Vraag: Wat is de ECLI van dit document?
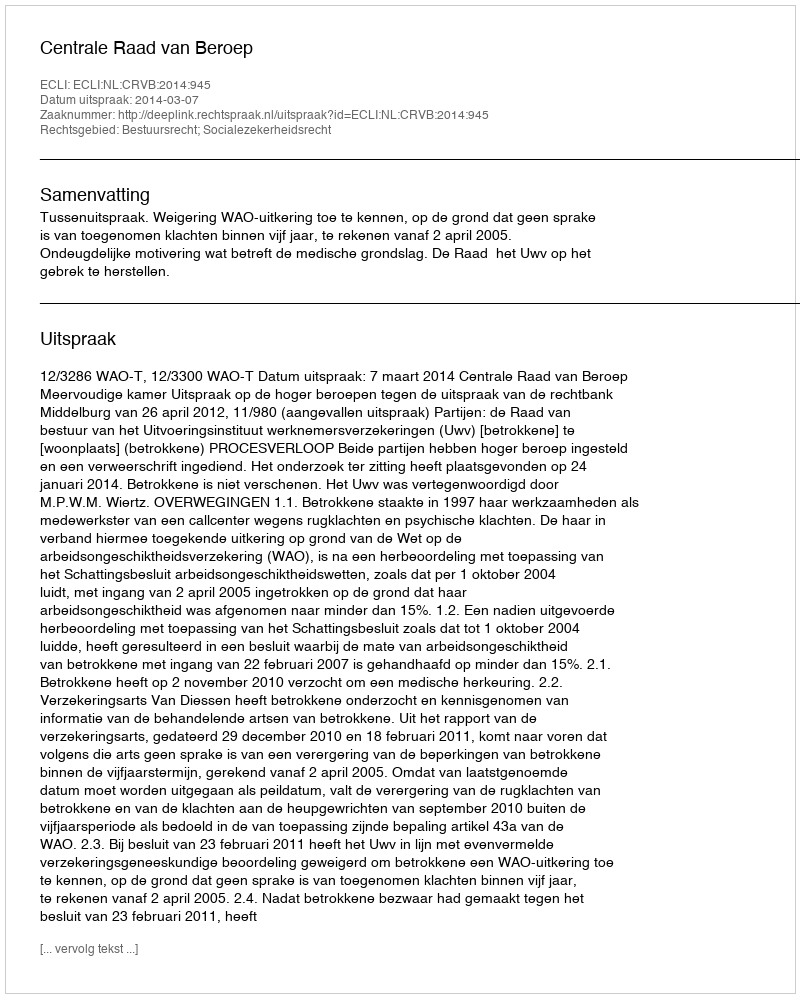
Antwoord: ECLI:NL:CRVB:2014:945